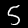
Digit: 5